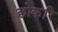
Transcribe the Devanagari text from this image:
छोकरि